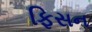
ફિસન